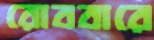
রোববারে